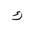
Letter: _kaf